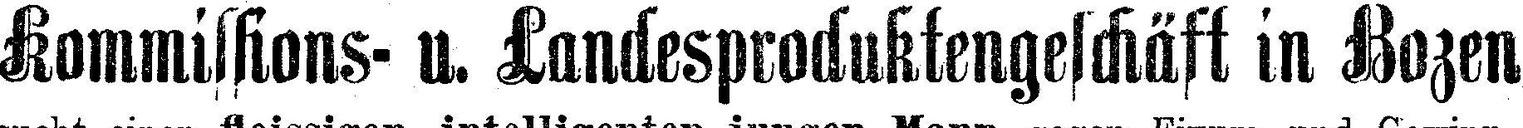
Kommissions- u. Landesproduktengeschäft in Bozen